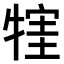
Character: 𤚣